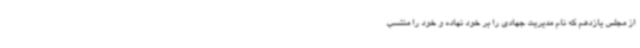
از مجلس یازدهم که نام مدیریت جهادی را بر خود نهاده و خود را منتسب